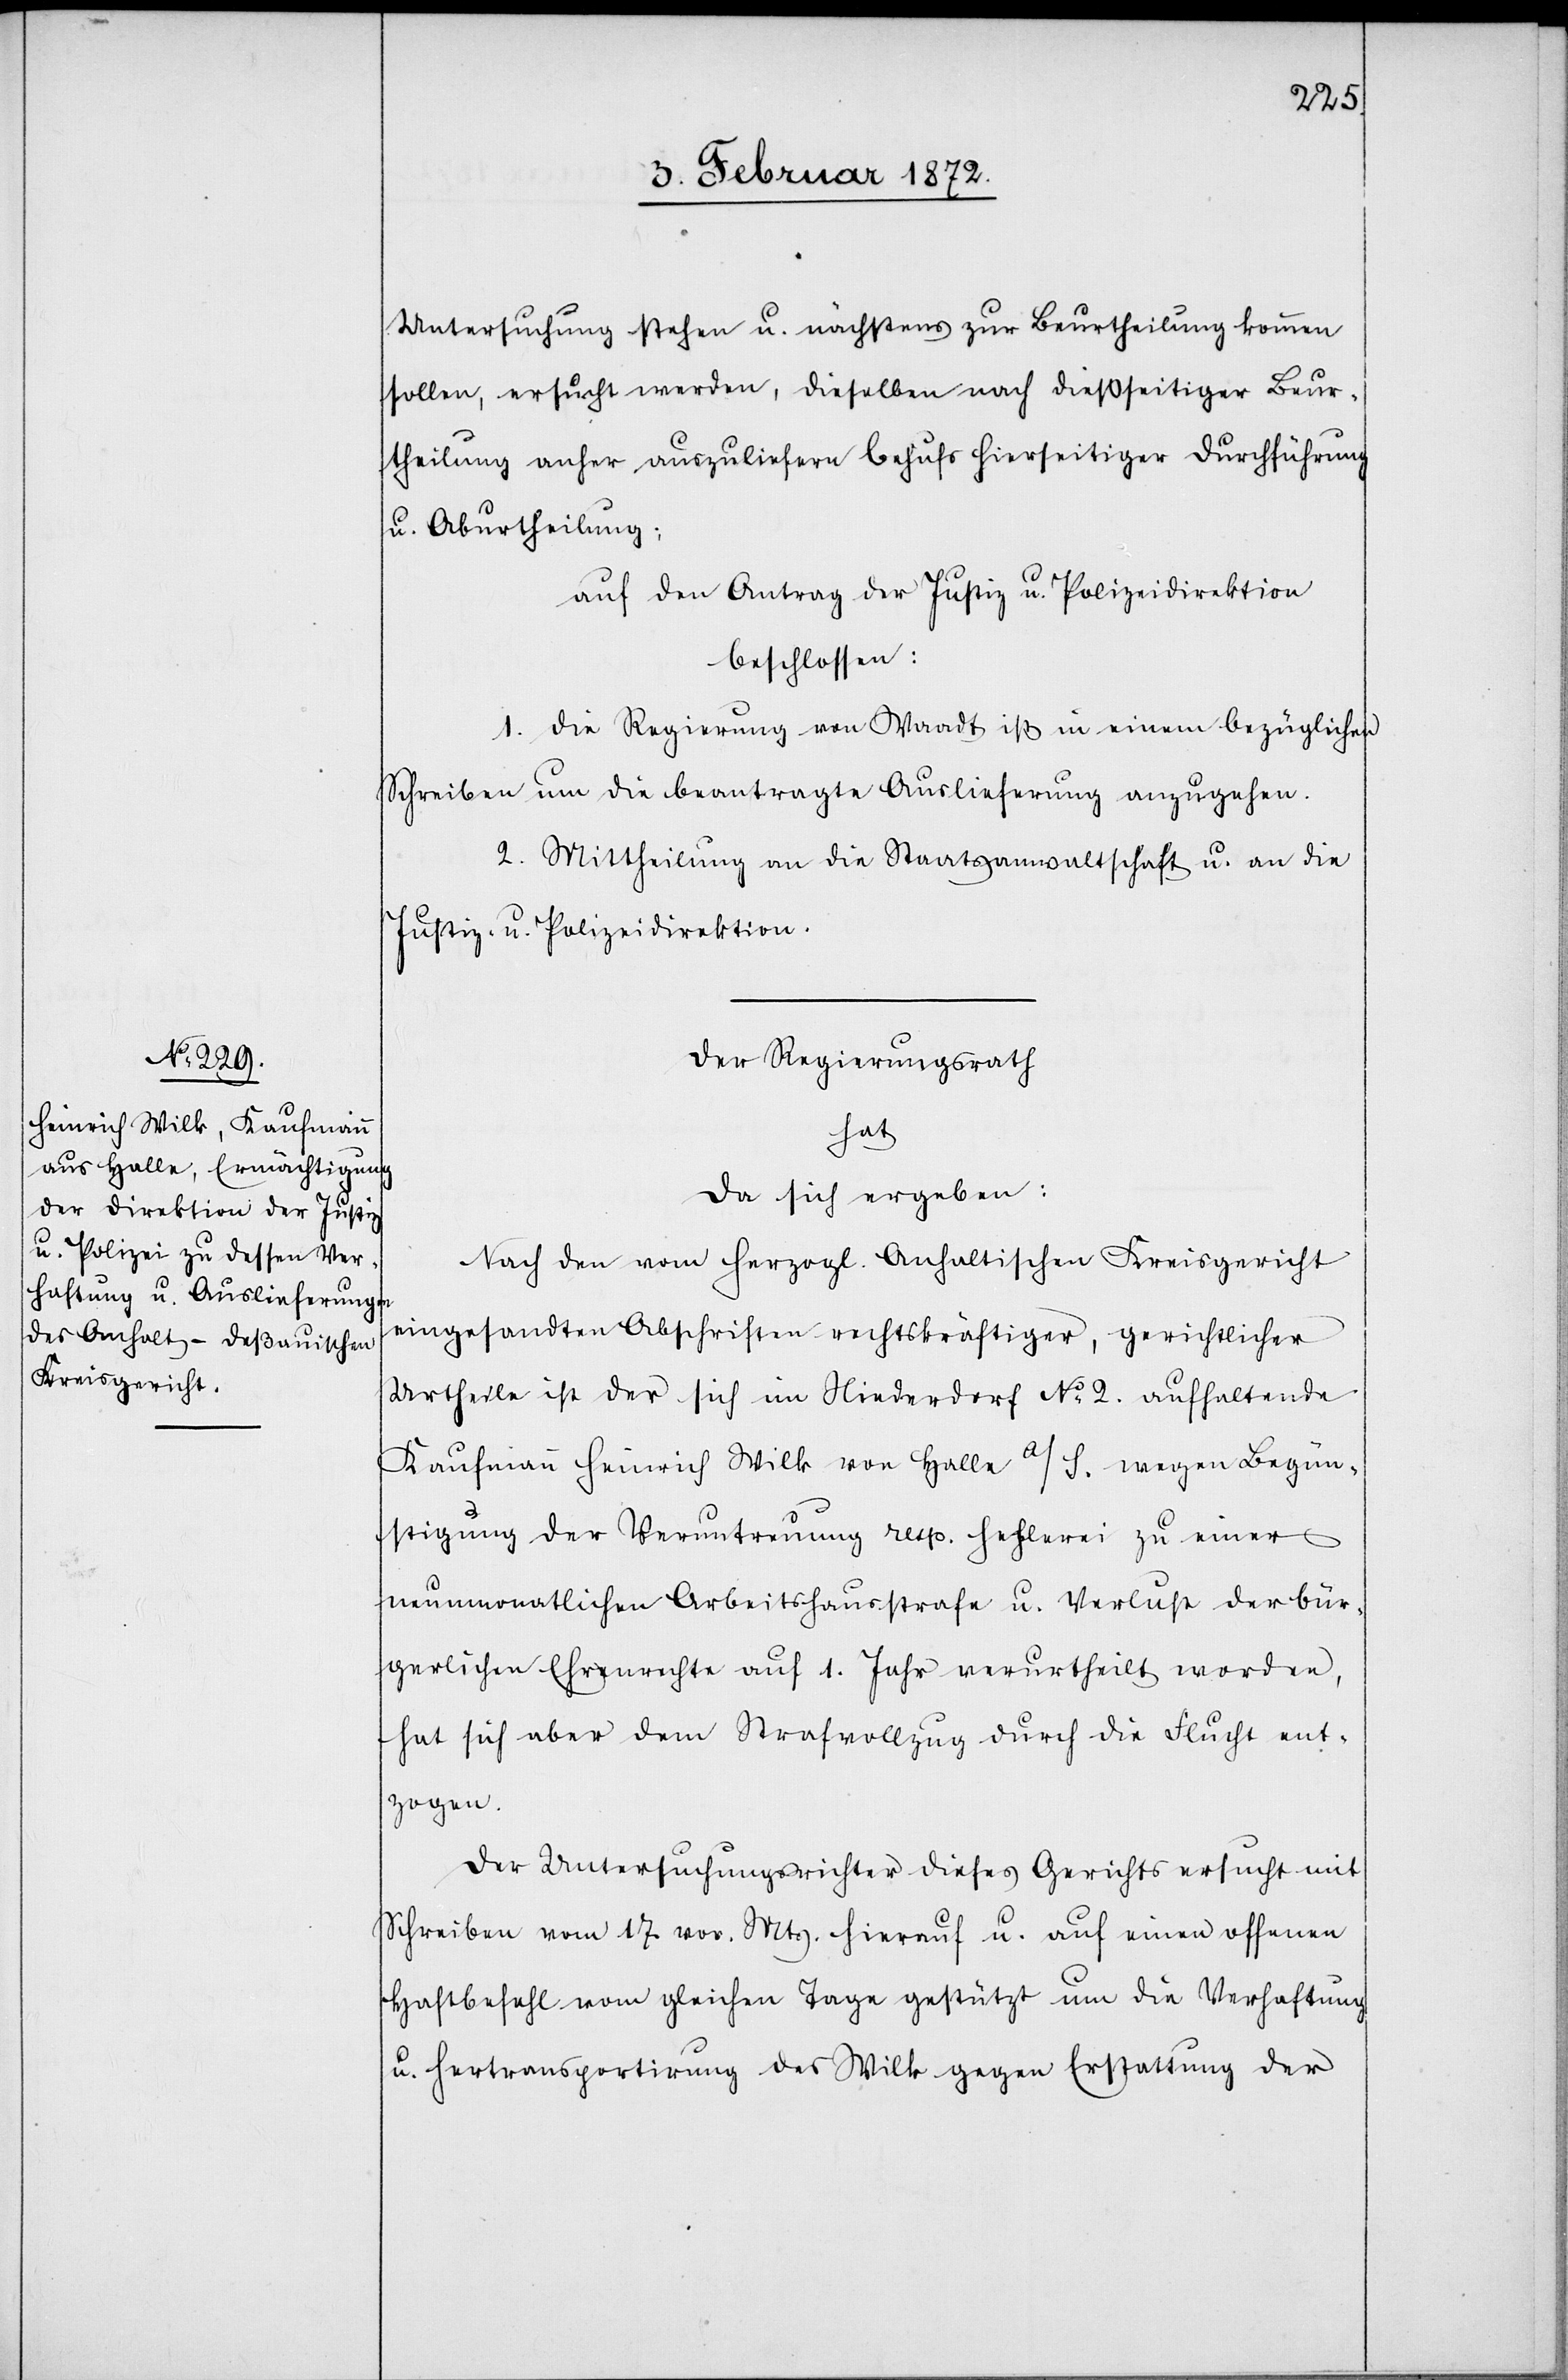
Untersuchung stehen u. nächstens zur Beurtheilung kommen
sollen, ersucht werden, dieselben nach dießseitiger Beur¬
theilung anher auszuliefern behufs hierseitiger Durchführung
u. Aburtheilung;
auf den Antrag der Justiz- u. Polizeidirektion
beschlossen:
1. Die Regierung von Waadt ist in einem bezüglichen
Schreiben um die beantragte Auslieferung anzugehen.
2. Mittheilung an die Staatsanwaltschaft u. an die
Justiz u. Polizeidirektion.
Der Regierungsrath
hat
da sich ergeben:
Nach den vom Herzogl. Anhaltischen Kreisgericht
eingesandten Abschriften rechtskräftiger, gerichtlicher
Urtheile ist der sich im Niederdorf No 2 aufhaltende
Kaufmann Heinrich Wilk von Halle a/S. wegen Begün¬
stigung der Veruntreuung resp. Hehlerei zu einer
neunmonatlichen Arbeitshausstrafe u. Verlust der bür¬
gerlichen Ehrenrechte auf 1. Jahr verurtheilt worden,
hat sich aber dem Strafvollzug durch die Flucht ent¬
zogen.
Der Untersuchungsrichter dieses Gerichts ersucht mit
Schreiben vom 17 vor. Mts. hierauf u. auf einen offenen
Haftbefehl vom gleichen Tage gestützt um die Verhaftung
u. Hertransportirung des Wilk gegen Erstattung der